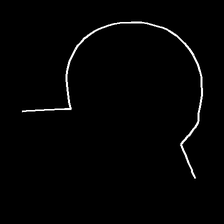
Glyph: weave